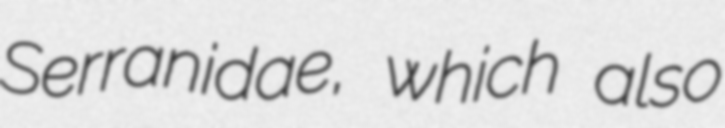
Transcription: Serranidae, which also